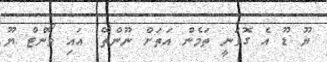
ޔޫ ޑޫ އެ ގޮވަނީ ތަމެން އަތަށް ނޫންތޭ. އައި ވޯންޓް ޔޫ